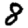
Digit: 8